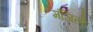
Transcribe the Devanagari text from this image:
मंजिलोँ